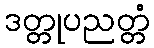
ဒတ္တုပညတ္တံ